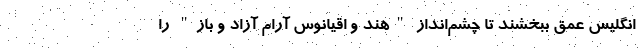
انگلیس عمق ببخشند تا چشم‌انداز "هند و اقیانوس آرام آزاد و باز" را